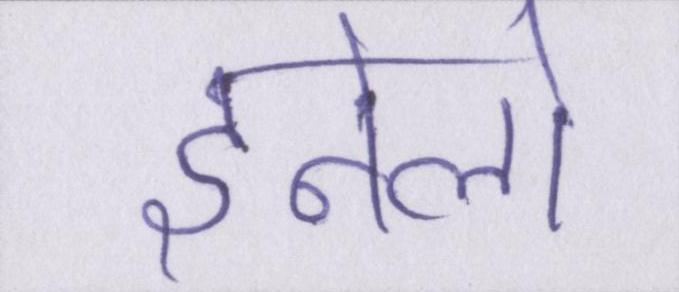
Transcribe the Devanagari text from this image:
इनेलो